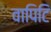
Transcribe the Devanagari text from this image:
वापिटि